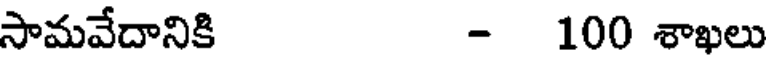
సామవేదానికి - 100 శాఖలు